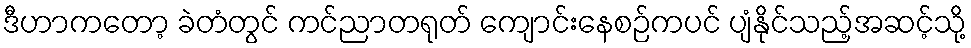
ဒီဟာကတော့ ခဲတံတွင် ကင်ညာတရုတ် ကျောင်းနေစဉ်ကပင် ပျံနိုင်သည့်အဆင့်သို့